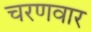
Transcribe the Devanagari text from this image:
चरणवार